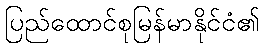
ပြည်ထောင်စုမြန်မာနိုင်ငံ၏